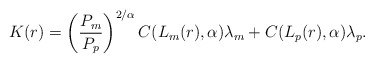
\begin{align*} K(r)=\left(\frac{P_m}{P_p}\right)^{2/\alpha}C(L_m(r),\alpha)\lambda_m + C(L_p(r),\alpha)\lambda_p.\end{align*}